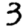
Digit: 3